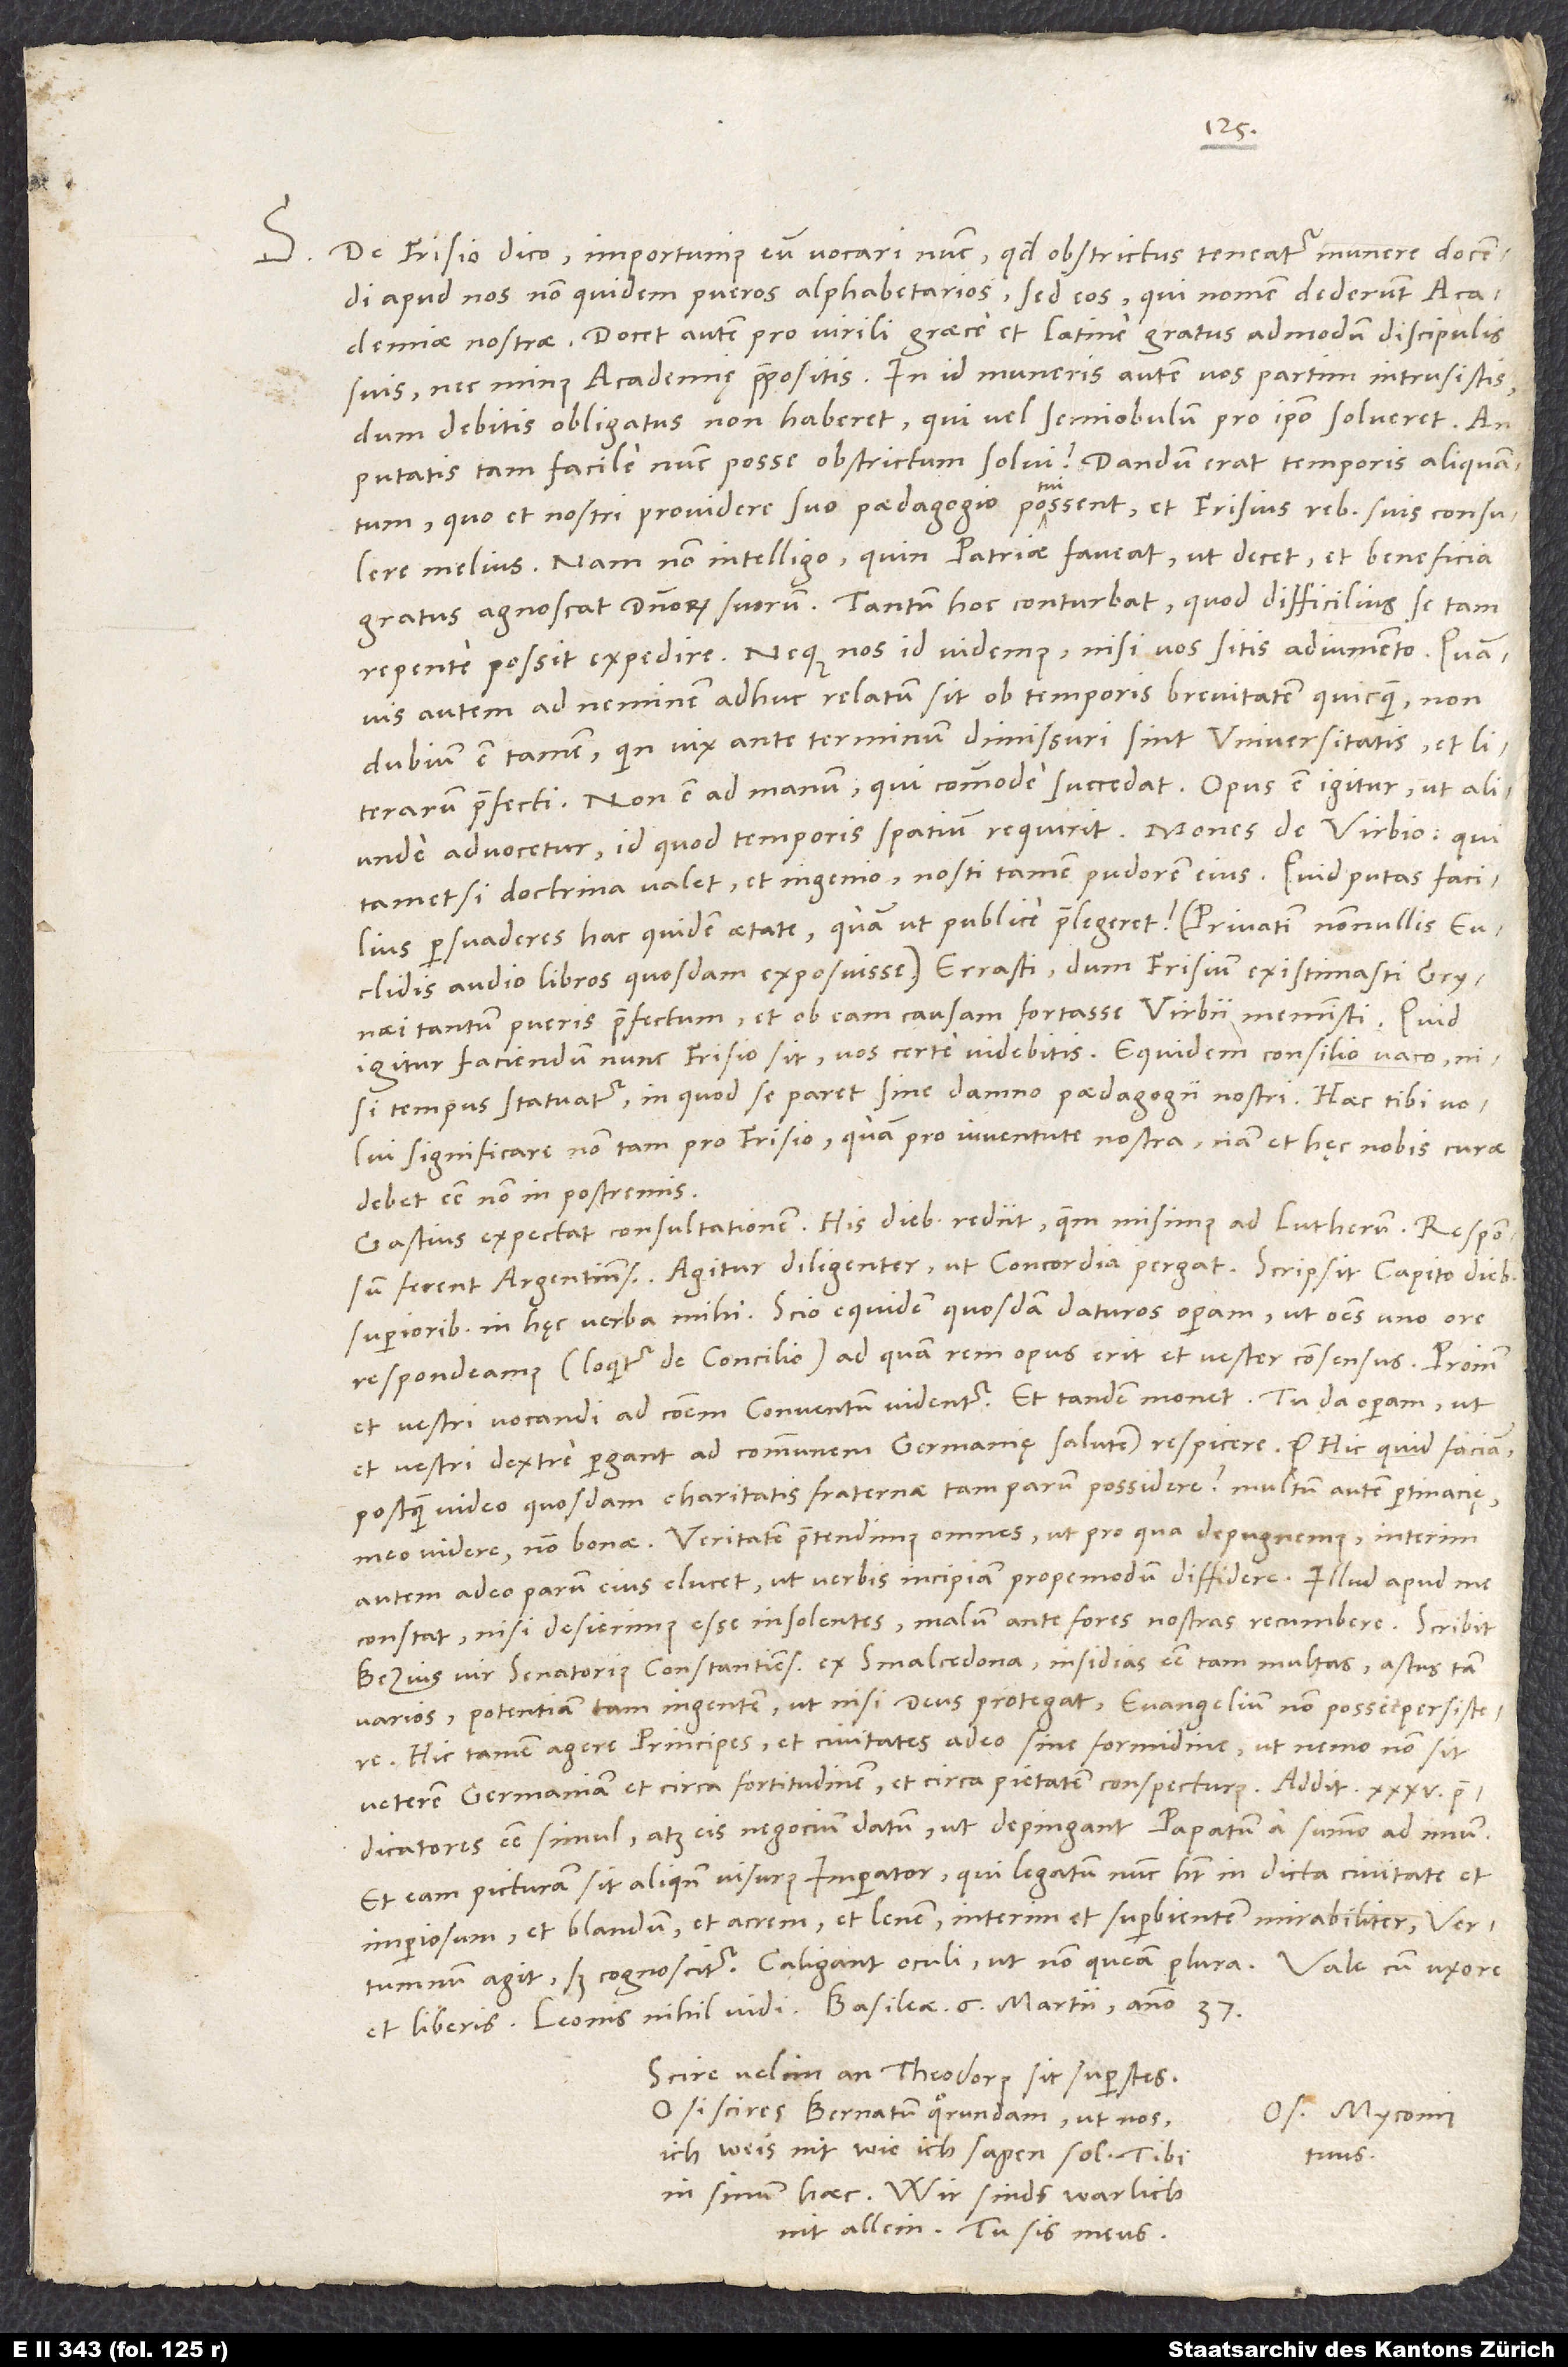
S. De Frisio dico importunius eum vocari nunc, quod obstrictus teneatur munere docendi
apud nos non quidem pueros alphabetarios, sed eos, qui nomen dederunt academiae
nostrae. Docet autem pro virili Graece et Latine gratus admodum discipulis
suis nec minus academię praepositis. In id muneris autem vos partim intrusistis,
dum debitis obligatus non haberet, qui vel semiobulum pro ipso solveret. An
putatis tam facile nunc posse obstrictum solvi? Dandum erat temporis aliquantum,
quo et nostri providere suo paedagogio potuissent et Frisius rebus suis consulere
melius. Nam non intelligo, quin patriae faveat, ut decet, et beneficia
gratus agnoscat dominorum suorum. Tantum hoc conturbat, quod difficilius se tam
repente possit expedire. Neque nos id videmus, nisi vos sitis adiumento. Quamvis
autem ad neminem adhuc relatum sit ob temporis brevitatem quicquam, non
dubium est tamen, quin vix ante terminum dimissuri sint universitatis et literarum
praefecti. Non est ad manum, qui commode succedat. Opus est igitur, ut aliunde
advocetur, id quod temporis spatium requirit. Mones de Virbio, qui
tametsi doctrina valet et ingenio, nosti tamen pudorem eius. Quid, putas, facilius
persuaderes hac quidem aetate, quam ut publice praelegeret? (Privatim nonnullis Euclidis
audio libros quosdam exposuisse.) Errasti, dum Frisium existimasti Grynaei
tantum pueris praefectum et ob eam causam fortasse Virbii meministi. Quid
igitur faciendum nunc Frisio sit, vos certe videbitis. Equidem consilio vaco, nisi
tempus statuatur, in quod se paret sine damno paedagogii nostri. Haec tibi volui
significare non tam pro Frisio quam pro iuventute nostra; nam et hęc nobis curae
debet esse non in postremis.
Gastius expectat consultationem. His diebus rediit, quem misimus ad Lutherum. Responsum
ferent Argentinenses. Agitur diligenter, ut concordia pergat. Scripsit Capito diebus
superioribus in hęc verba mihi: "Scio equidem quosdam daturos operam, ut omnes uno ore
respondeamus" (loquitur de concilio), "ad quam rem opus erit et vester consensus. Proinde
et vestri vocandi ad communem conventum videntur." Et tandem monet: "Tu da operam, ut
et vestri dextre pergant ad communem Germanię salutem respicere" etc. Hic quid faciam,
postquam video quosdam charitatis fraternae tam parum possidere, multum autem pertinacię
meo videre non bonae? Veritatem praetendimus omnes, ut pro qua depugnemus; interim
autem adeo parum eius elucet, ut verbis incipiam propemodum diffidere. Illud apud me
constat, nisi desierimus esse insolentes, malum ante fores nostras recumbere.
Bezius, vir senatorius Constantiensis, ex Smalcedona insidias esse tam multas, astus tam
varios, potentiam tam ingentem, ut, nisi deus protegat, evangelium non possit persistere.
Hic tamen agere principes et civitates adeo sine formidine, ut nemo non sit
veterem Germaniam et circa fortitudinem et circa pietatem conspecturus. Addit
praedicatores esse simul atque eis negocium datum, ut depingant papatum a summo ad imum.
Et eam picturam sit aliquando visurus imperator, qui legatum nunc habet in dicta civitate et
imperiosum et blandum et acrem et lenem, interim et superbientem mirabiliter; Vertumnum
37.
Scire velim, an Theodorus sit superstes.
O si scires Bernatum quorundam, ut nos
Os. Myconius
ich weis nit, wie ich sagen sol. Tibi
tuus.
in sinum haec. Wir sinds warlich
nit allein. Tu sis meus.